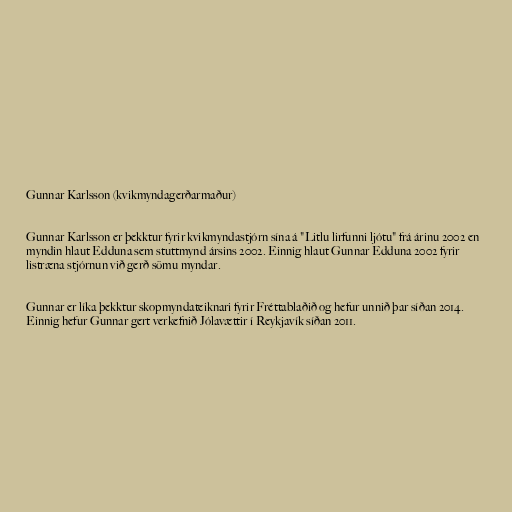
Gunnar Karlsson (kvikmyndagerðarmaður)

Gunnar Karlsson er þekktur fyrir kvikmyndastjórn sína á "Litlu lirfunni ljótu" frá árinu 2002 en
myndin hlaut Edduna sem stuttmynd ársins 2002. Einnig hlaut Gunnar Edduna 2002 fyrir
listræna stjórnun við gerð sömu myndar.

Gunnar er líka þekktur skopmyndateiknari fyrir Fréttablaðið og hefur unnið þar síðan 2014.
Einnig hefur Gunnar gert verkefnið Jólavættir í Reykjavík síðan 2011.